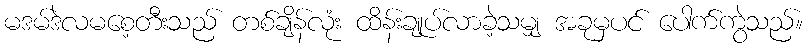
မဒမ်ဒဲလမစေ့တီးသည် တစ်ချိန်လုံး ထိန်းချုပ်လာခဲ့သမျှ အခုမှပင် ပေါက်ကွဲသည်။